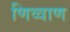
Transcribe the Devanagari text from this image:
णिव्वाण